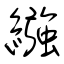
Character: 繈